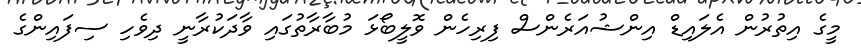
މީގެ އިތުރުން އެލައިޑް އިންޝުއަރެންސް ފިރިހެން ވޮލީބޯޅަ މުބާރާތުގައި ވާދަކުރާނީ ދިވެހި ސިފައިންގެ